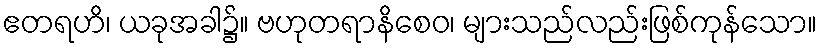
ဧတရဟိ၊ ယခုအခါ၌။ ဗဟုတရာနိစေဝ၊ များသည်လည်းဖြစ်ကုန်သော။